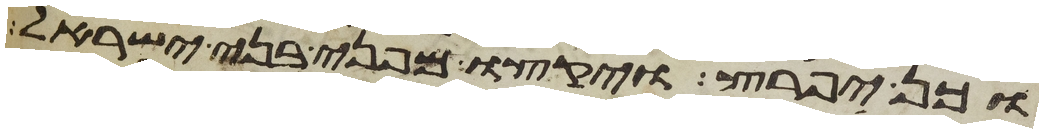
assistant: וכן יפרץ ויקצו מפני בני ישראל